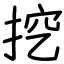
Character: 挖